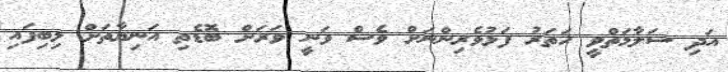
އަދި ސަލާމަތްވީ ހަތަރު ފަޅުވެރިންނަށް ވެސް ވަނީ ވަރަށް ބޮޑެތި އަނިޔާތަށް ލިބިފައި